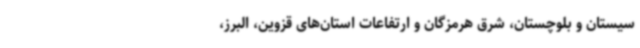
سیستان و بلوچستان، شرق هرمزگان و ارتفاعات استان‌های قزوین، البرز،